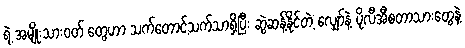
ရဲ့ အမျိုးသားဝတ် တွေဟာ သက်တောင့်သက်သာရှိပြီး ဆွဲဆန့်နိုင်တဲ့ လျှော်နဲ့ ပိုလီအီစတာသားတွေနဲ့